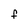
Character: F